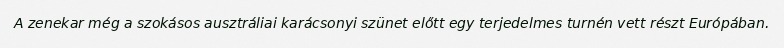
A zenekar még a szokásos ausztráliai karácsonyi szünet előtt egy terjedelmes turnén vett részt Európában.